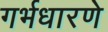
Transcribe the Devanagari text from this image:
गर्भधारणे